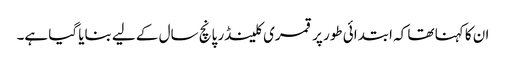
ان کا کہنا تھا کہ ابتدائی طور پر قمری کلینڈر پانچ سال کے لیے بنایا گیا ہے۔